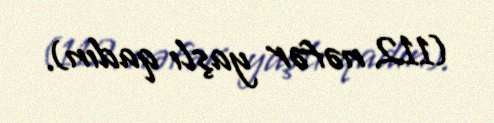
(112 nəfər yaşlı qadın).